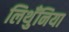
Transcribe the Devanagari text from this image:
लिथुँनिया